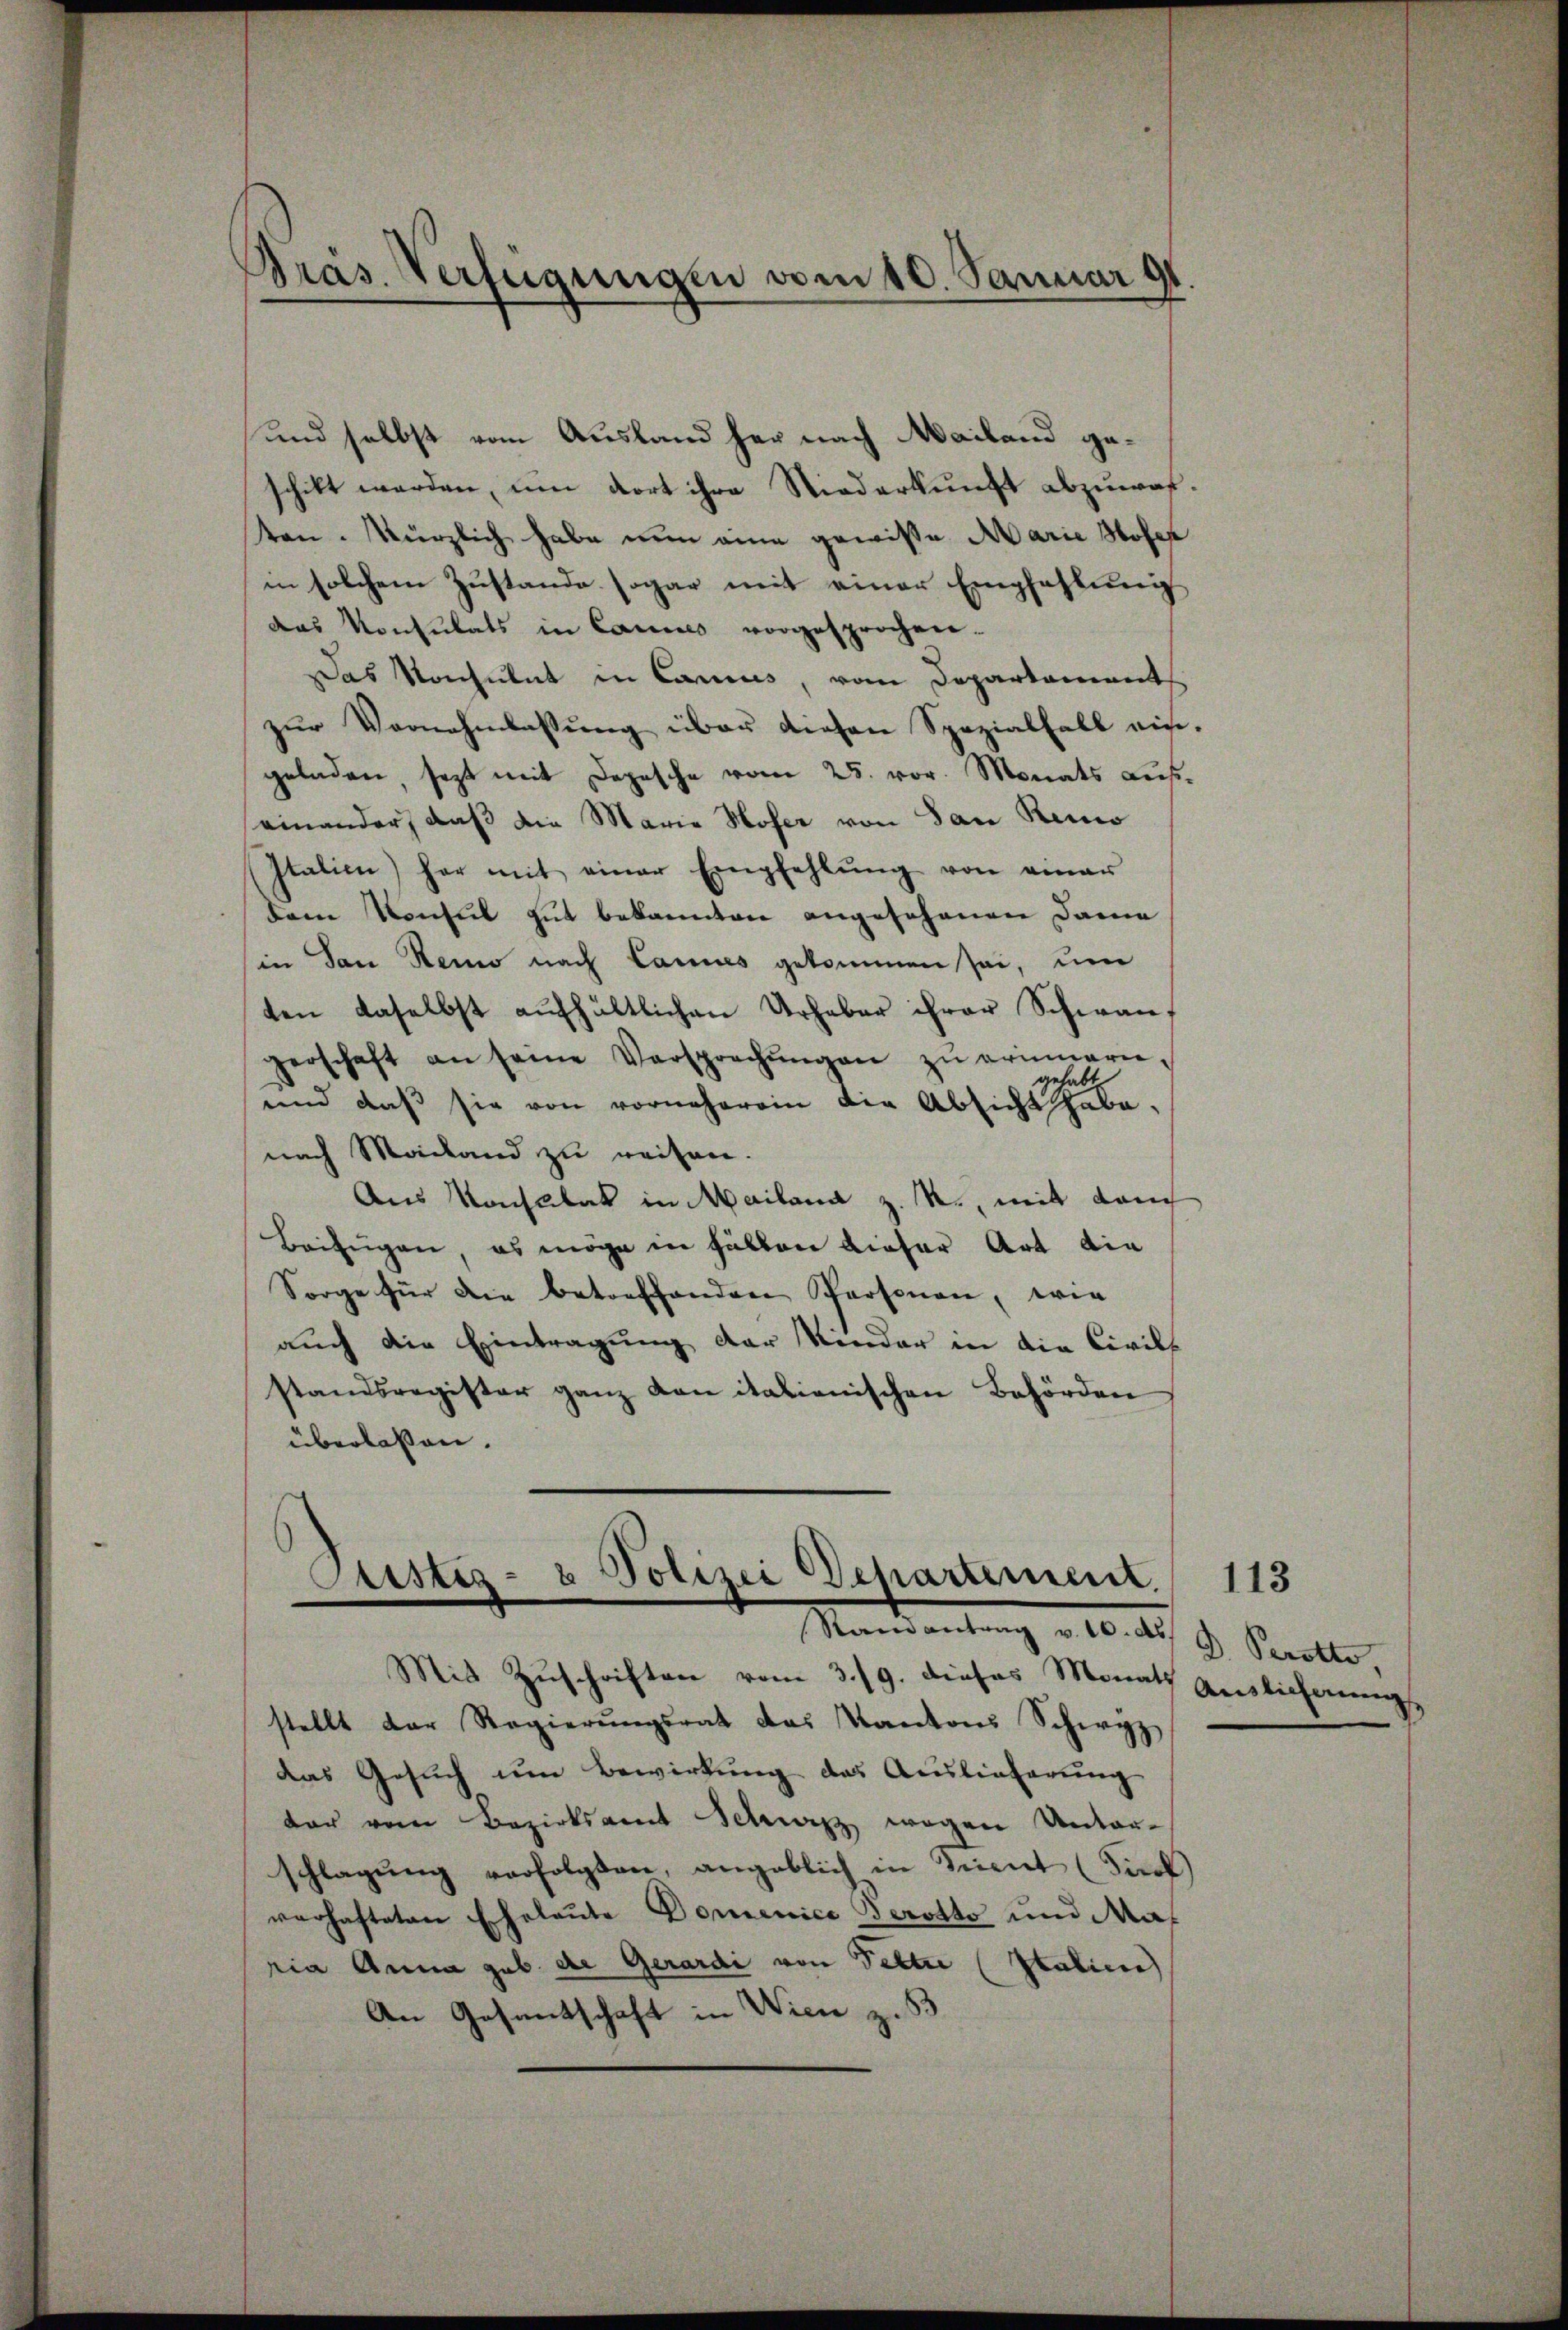
Präs. Verfügungen vom 10. Januar 91.

und selbst vom Ausland her nach Mailand geschikt werden, um dort ihre Niederkunft abzuwaf
ten. Kürzlich habe nun eine gewisse Marie Hofer
in solchem Zustande sogar mit einer Empfehlung
das Konsulats in Cances vorgesprochen.
Das Konsulat in Cances, vom Departament
zŭr Vornehmlassung über diesen Spezialfall aus
geladen, sezt mit Depesche vom 25. vor. Monats Lus
einander, daß die Maria Moser von San Reno
Italien) her mit einer Empfehlŭng von einer
dem Konsul gut bekannten angeschenen Dama
in San Reno nach Cannes gekommen sei, um
ten daselbst aŭfhältlichen Urheber ihrer Schwangerschaft an seine Versprechŭngen zŭ erinnern,
gehabt
und daß sie von vorneherein die Absicht habe,
nach Mailand zu reisen.
Aus Konsulat in Mailand z. R., mit dam
Beifügen, es möge in Fällen dieser Art die
Sorge für die betreffenden Personen, wie
auch die Eintragung der Kinder in die Civils
standsregister ganz von italienischen Behörden
überlassen.
Pustiz- & Polizei Departement.
Ramantrag v. 10. ds.
Mit Zuschriften vom 3./9. dieses Monats
stellt der Regierŭngsrat das Kantons Schwyz
das Gesuch um Bewirkung des Auslieferung
dar vom Bezirksamt Schwitz wegen Unter-
schlagŭng verfolgten, angeblich in Sinnt (Fink
varhafteten Eheleute Domenice Perotto und Mas
ria Anna geb. die Gerardi von Feltre (Italiene
An Gesantschaft in Wien z.

113

D. Perotte
Auslicherung